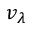
v _ { \lambda }